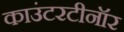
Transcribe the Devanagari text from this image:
काउंटरटीनॉर